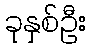
ခုနှစ်ဦး